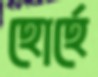
হোর্হে